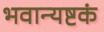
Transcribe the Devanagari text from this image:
भवान्यष्टकं